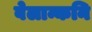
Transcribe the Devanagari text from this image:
वेलान्कनि